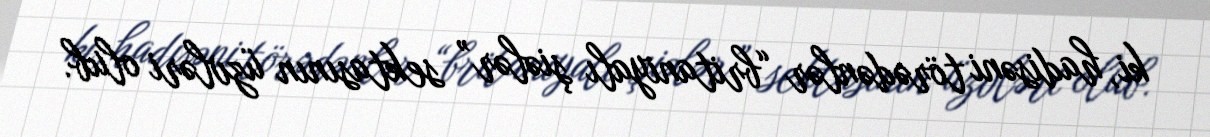
ki, hadisəni törədənlər “britaniyalı şiələr” sektasının üzvləri olub.